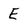
Character: E